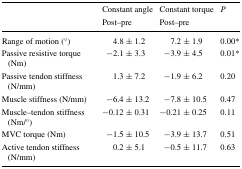
<table><thead><tr><td rowspan="2"></td><td><b>Constant angle</b></td><td><b>Constant torque</b></td><td rowspan="2"><b><i>P</i></b></td></tr><tr><td><b>Post–pre</b></td><td><b>Post–pre</b></td></tr></thead><tbody><tr><td>Range of motion (°)</td><td>4.8 ± 1.2</td><td>7.2 ± 1.9</td><td>0.00*</td></tr><tr><td>Passive resistive torque (Nm)</td><td>−2.1 ± 3.3</td><td>−3.9 ± 4.5</td><td>0.01*</td></tr><tr><td>Passive tendon stiffness (N/mm)</td><td>1.3 ± 7.2</td><td>−1.9 ± 6.2</td><td>0.20</td></tr><tr><td>Muscle stiffness (N/mm)</td><td>−6.4 ± 13.2</td><td>−7.8 ± 10.5</td><td>0.47</td></tr><tr><td>Muscle–tendon stiffness (Nm/°)</td><td>−0.12 ± 0.31</td><td>−0.21 ± 0.25</td><td>0.11</td></tr><tr><td>MVC torque (Nm)</td><td>−1.5 ± 10.5</td><td>−3.9 ± 13.7</td><td>0.51</td></tr><tr><td>Active tendon stiffness (N/mm)</td><td>0.2 ± 5.1</td><td>−0.5 ± 11.7</td><td>0.63</td></tr></tbody></table>